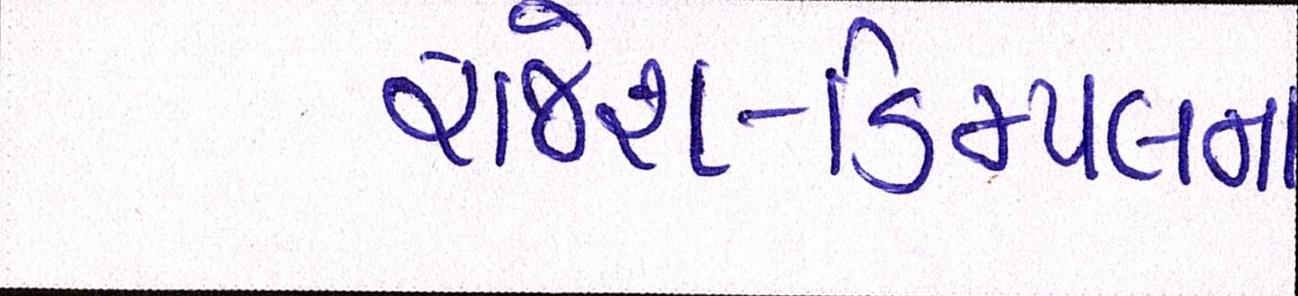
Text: રાજેશ-ડિમ્પલના